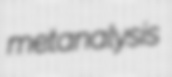
metanalysis